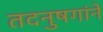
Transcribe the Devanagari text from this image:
तदनुषगांने